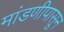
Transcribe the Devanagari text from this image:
मांडणीपासून